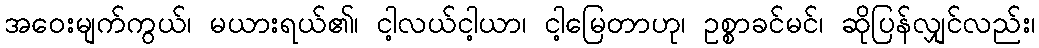
အဝေးမျက်ကွယ်၊ မယားရယ်၏၊ ငါ့လယ်ငါ့ယာ၊ ငါ့မြေတာဟု၊ ဥစ္စာခင်မင်၊ ဆိုပြန်လျှင်လည်း၊